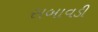
સબાવડી